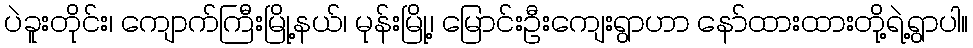
ပဲခူးတိုင်း၊ ကျောက်ကြီးမြို့နယ်၊ မုန်းမြို့၊ မြောင်းဦးကျေးရွာဟာ နော်ထားထားတို့ရဲ့ရွာပါ။